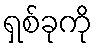
ရှစ်ခုကို